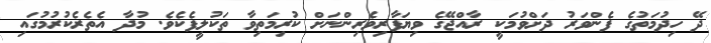
ދޭ ހިދުމަތުގެ ފެންވަރު ދަށްވުމަކީ ރާއްޖޭގެ ވިޔަފާރިވެރިންނަށް ކުރިމަތިވާ ތަކުލީފެކެވެ. މުދާ އެތެރެކުރުމުގައި